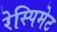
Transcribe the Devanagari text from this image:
रेस्पिमेट